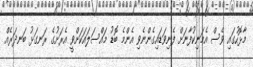
މާޅޮހުގައި ވެސް އެމަނިކުފާނަށް ފެނިވަޑައިގެންނެވި އެންމެ ބޮޑު މައްސަލައަކަށްވީ އެރަށުގެ ރަނގަޅު ބަނދަރެއް